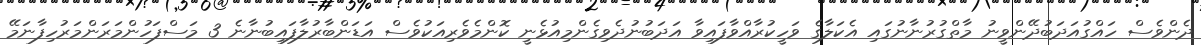
ދެންވެސް ހައްގުއަދަބުދޭންވީނު މާތްގުރުނާނުގައި އެކަލާގެ ވަހީކުރާއްވާފައިވާ އަދަބުނުދެވިގެންމިއުޅެނީ ކޮންމެވެރިއަކުވެސް އަޑަންބާރުލާފައިބުނާނެ 3 މަސްފަހުންމަރަންމަރުހިފާނަމޭ